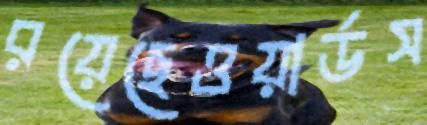
রয়েছেওয়ার্ডস